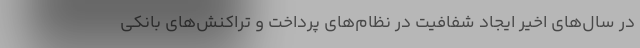
در سال‌های اخیر ایجاد شفافیت در نظام‌های پرداخت و تراکنش‌های بانکی